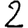
Digit: 2